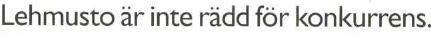
Lehmusto är inte rädd för konkurrens.